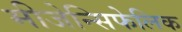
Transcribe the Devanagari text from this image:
मीजेन्सिफेलिक